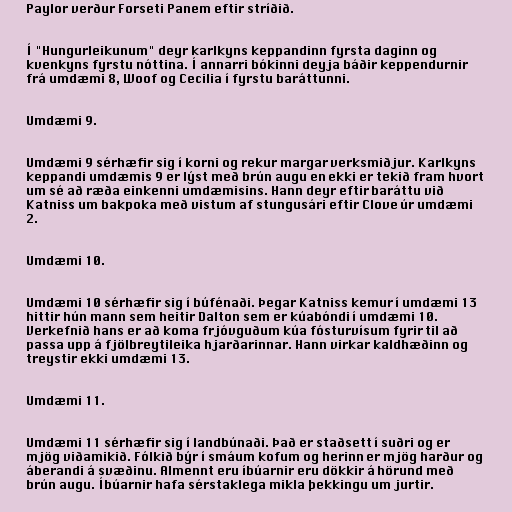
Paylor verður Forseti Panem eftir stríðið.

Í "Hungurleikunum" deyr karlkyns keppandinn fyrsta daginn og
kvenkyns fyrstu nóttina. Í annarri bókinni deyja báðir keppendurnir
frá umdæmi 8, Woof og Cecilia í fyrstu baráttunni.

Umdæmi 9.

Umdæmi 9 sérhæfir sig í korni og rekur margar verksmiðjur. Karlkyns
keppandi umdæmis 9 er lýst með brún augu en ekki er tekið fram hvort
um sé að ræða einkenni umdæmisins. Hann deyr eftir baráttu við
Katniss um bakpoka með vistum af stungusári eftir Clove úr umdæmi
2.

Umdæmi 10.

Umdæmi 10 sérhæfir sig í búfénaði. Þegar Katniss kemur í umdæmi 13
hittir hún mann sem heitir Dalton sem er kúabóndi í umdæmi 10.
Verkefnið hans er að koma frjóvguðum kúa fósturvísum fyrir til að
passa upp á fjölbreytileika hjarðarinnar. Hann virkar kaldhæðinn og
treystir ekki umdæmi 13.

Umdæmi 11.

Umdæmi 11 sérhæfir sig í landbúnaði. Það er staðsett í suðri og er
mjög viðamikið. Fólkið býr í smáum kofum og herinn er mjög harður og
áberandi á svæðinu. Almennt eru íbúarnir eru dökkir á hörund með
brún augu. Íbúarnir hafa sérstaklega mikla þekkingu um jurtir.